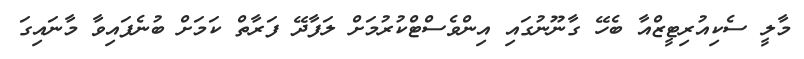
މާލީ ސެކިއުރިޓީޒްއާ ބެހޭ ގާނޫނުގައި އިންވެސްޓްކުރުމަށް ލަފާދޭ ފަރާތް ކަމަށް ބުނެފައިވާ މާނައިގަ